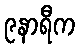
၉နာရီက